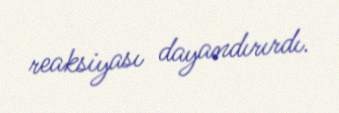
reaksiyası dayandırırdı.